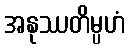
အနုဿတိမ္ပဟံ